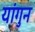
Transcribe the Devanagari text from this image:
यांगुन